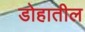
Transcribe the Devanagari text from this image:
डोहातील